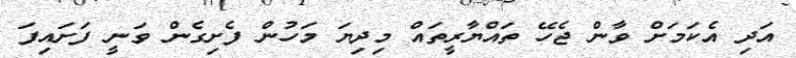
އަދި އެކަމަށް ވާން ޖެހޭ ތައްޔާރީތައް މިދިޔަ މަހުން ފެށިގެން ވަނީ ފަށައިފަ